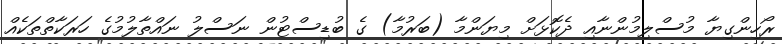
ރޯހިންގިޔާ މުސްލިމުންނާއި ދެކޮޅަށް މިޔަންމާ (ބަރުމާ) ގެ ބުޑިސްޓުން ނަސްލު ނައްތާލުމުގެ ހަރަކާތްތަކެއް